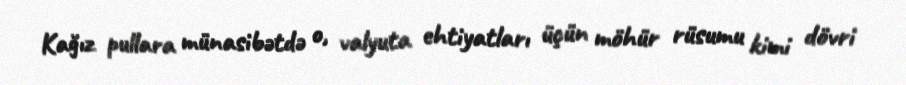
Kağız pullara münasibətdə o, valyuta ehtiyatları üçün möhür rüsumu kimi dövri